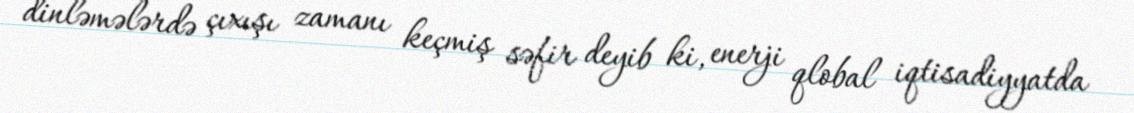
dinləmələrdə çıxışı zamanı keçmiş səfir deyib ki, enerji qlobal iqtisadiyyatda